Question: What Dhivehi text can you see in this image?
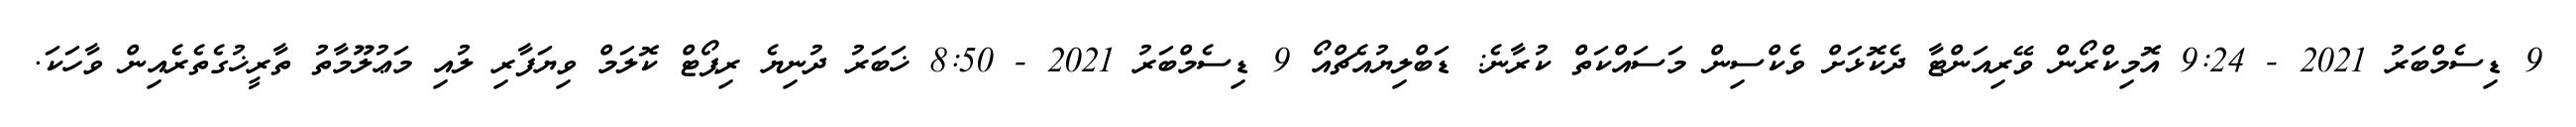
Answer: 9 ޑިސެމްބަރު 2021 - 9:24 އޮމިކްރޯން ވޭރިއަންޓާ ދެކޮޅަށް ވެކްސިން މަސައްކަތް ކުރާނެ: ޑަބްލިޔުއެޗްއޯ 9 ޑިސެމްބަރު 2021 - 8:50 ޚަބަރު ދުނިޔެ ރިޕޯޓް ކޮލަމް ވިޔަފާރި ލުއި މަޢުލޫމާތު ތާރީޚުގެތެރެއިން ވާހަކަ.